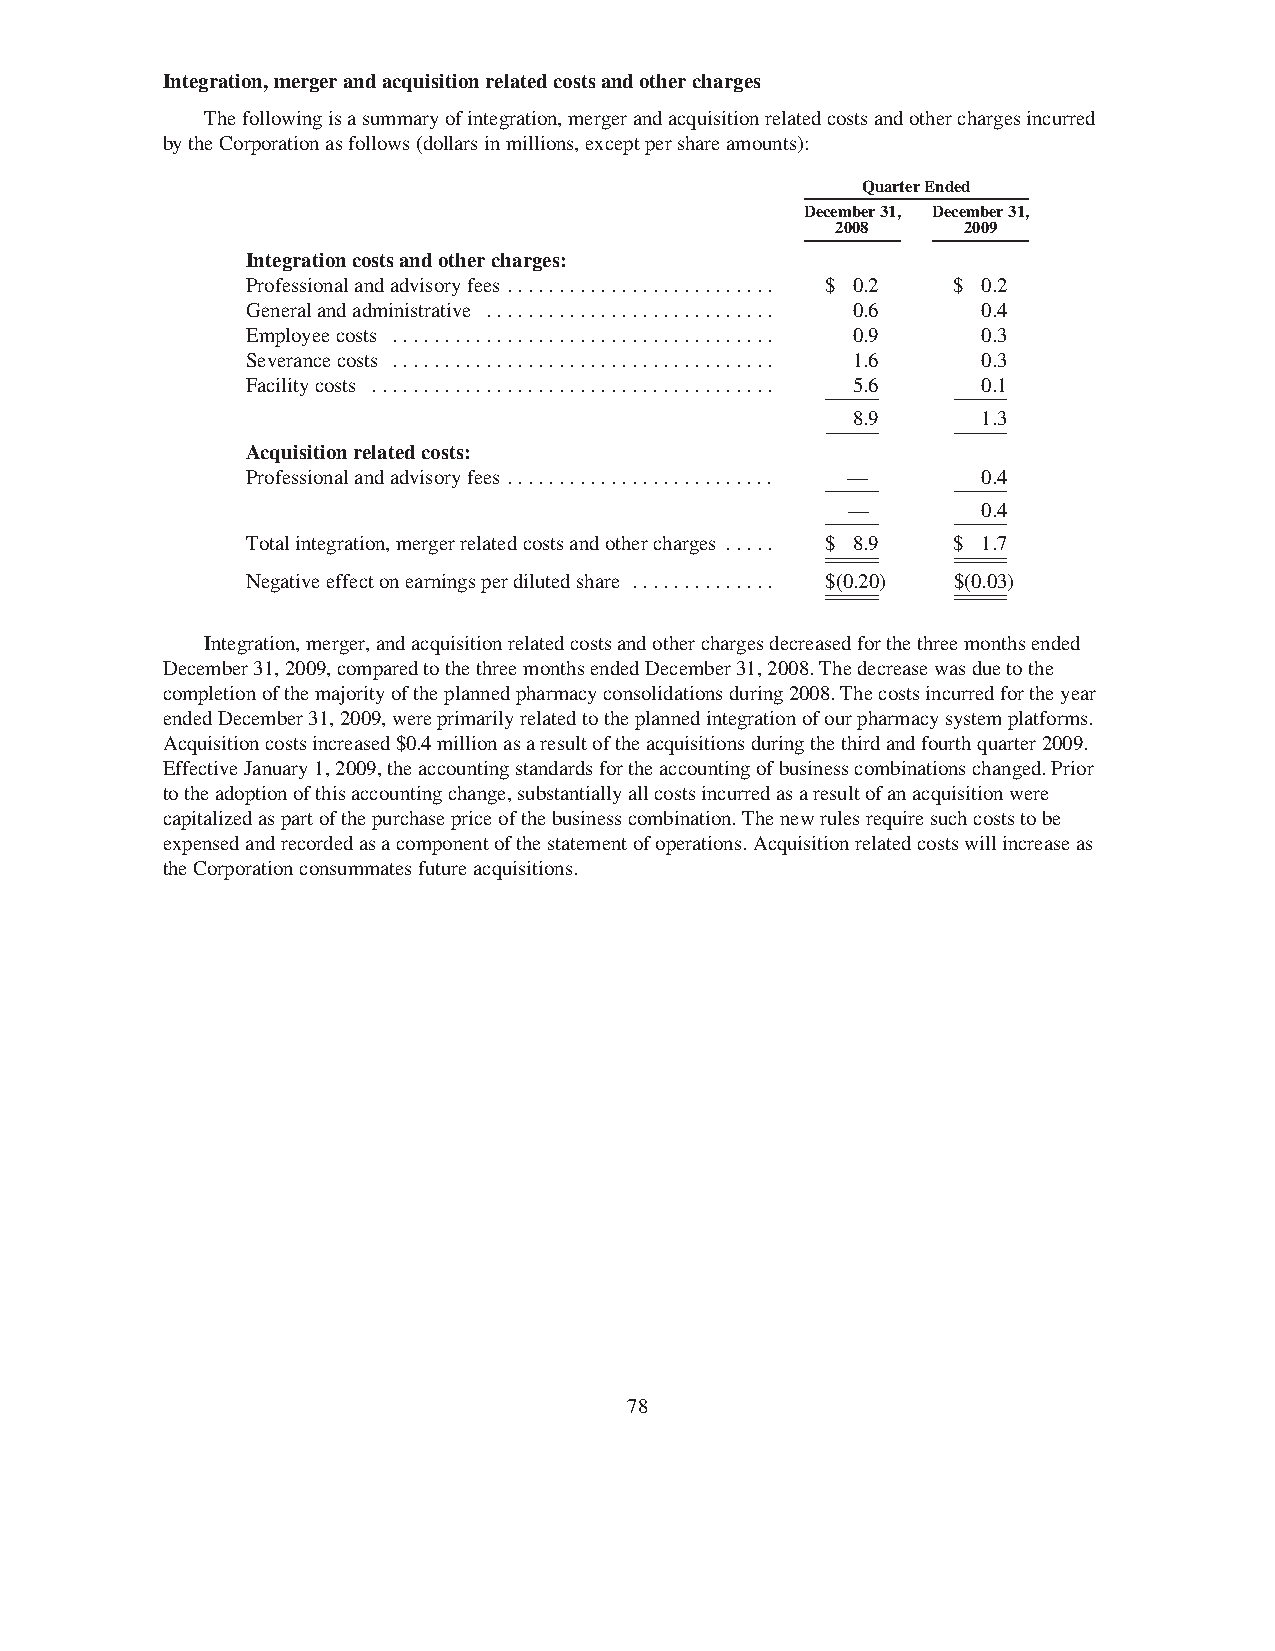
Integration,mergerandacquisitionrelatedcostsandothercharges
 Thefollowingisasummaryofintegration,mergerandacquisitionrelatedcostsandotherchargesincurred
 bytheCorporationasfollows(dollarsinmillions,exceptpershareamounts):
 QuarterEnded
 December31, December31,
 2008     2009
 Integrationcostsandothercharges:
 Professionalandadvisoryfees .......................... $ 0.2 $ 0.2
 Generalandadministrative ............................ 0.6 0.4
 Employeecosts ..................................... 0.9 0.3
 Severancecosts ..................................... 1.6 0.3
 Facilitycosts ....................................... 5.6 0.1
 8.9      1.3
 Acquisitionrelatedcosts:
 Professionalandadvisoryfees .......................... — 0.4
 —        0.4
 Totalintegration,mergerrelatedcostsandothercharges ..... $ 8.9 $ 1.7
 Negativeeffectonearningsperdilutedshare .............. $(0.20) $(0.03)
 Integration,merger,andacquisitionrelatedcostsandotherchargesdecreasedforthethreemonthsended
 December31,2009,comparedtothethreemonthsendedDecember31,2008.Thedecreasewasduetothe
 completionofthemajorityoftheplannedpharmacyconsolidationsduring2008.Thecostsincurredfortheyear
 endedDecember31,2009,wereprimarilyrelatedtotheplannedintegrationofourpharmacysystemplatforms.
 Acquisitioncostsincreased$0.4millionasaresultoftheacquisitionsduringthethirdandfourthquarter2009.
 EffectiveJanuary1,2009,theaccountingstandardsfortheaccountingofbusinesscombinationschanged.Prior
 totheadoptionofthisaccountingchange,substantiallyallcostsincurredasaresultofanacquisitionwere
 capitalizedaspartofthepurchasepriceofthebusinesscombination.Thenewrulesrequiresuchcoststobe
 expensedandrecordedasacomponentofthestatementofoperations.Acquisitionrelatedcostswillincreaseas
 theCorporationconsummatesfutureacquisitions.
 78